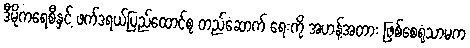
ဒီမိုကရေစီနှင့် ဖက်ဒရယ်ပြည်ထောင်စု တည်ဆောက် ရေးကို အဟန့်အတား ဖြစ်စေရုံသာမက